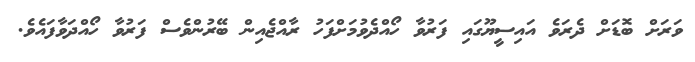
ވަރަށް ބޮޑަށް ދެރަވެ އައިސީޔޫގައި ފަރުވާ ހޯއްދެވުމަށްފަހު ރާއްޖެއިން ބޭރުންވެސް ފަރުވާ ހޯއްދަވާފައެވެ.